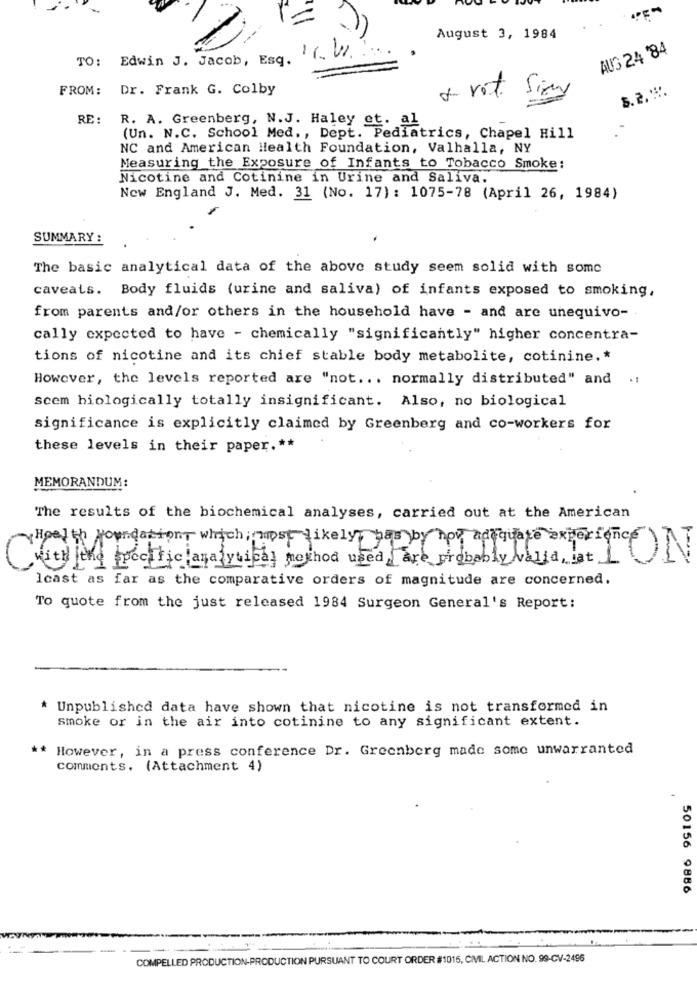
August 3, 1984
AUG 24 84
TO :
Edwin J. Jacob, Esq.
16. VI.
FROM:
Dr. Frank G. Colby
5.2 ...
+ vot Signy
RE :
R. A. Greenberg, N.J. Haley et. al
(Un. N.C. School Med ., Dept. Pediatrics, Chapel Hill
NC and American Health Foundation, Valhalla, NY
Measuring the Exposure of Infants to Tobacco Smoke:
Nicotine and Cotinine in Urine and Saliva.
New England J. Med. 31 (No. 17): 1075-78 (April 26, 1984)
SUMMARY :
The basic analytical data of the above study seem solid with some
caveats. Body fluids (urine and saliva) of infants exposed to smoking,
from parents and/or others in the household have - and are unequivo-
cally expected to have - chemically "significantly" higher concentra-
tions of nicotine and its chief stable body metabolite, cotinine .*
However, the levels reported are "not ... normally distributed" and
scem biologically totally insignificant. Also, no biological
significance is explicitly claimed by Greenberg and co-workers for
these levels in their paper. **
MEMORANDUM:
The results of the biochemical analyses, carried out at the American
Health Foundation, which most likely pas by how adequate experience
with the boccitielanalytical method used are probably valid, lat 1
ON
Icast as far as the comparative orders of magnitude are concerned.
To quote from the just released 1984 Surgeon General's Report:
* Unpublished data have shown that nicotine is not transformed in
smoke or in the air into cotinine to any significant extent.
** However, in a press conference Dr. Greenberg made some unwarranted
comments. (Attachment 4)
50156 9886
COMPELLED PRODUCTION-PRODUCTION PURSUANT TO COURT ORDER #1015, CIVIL ACTION NO. 99-CV-2496